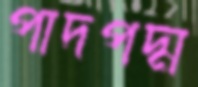
পাদপদ্ম